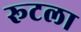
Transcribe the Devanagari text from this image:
रूटला